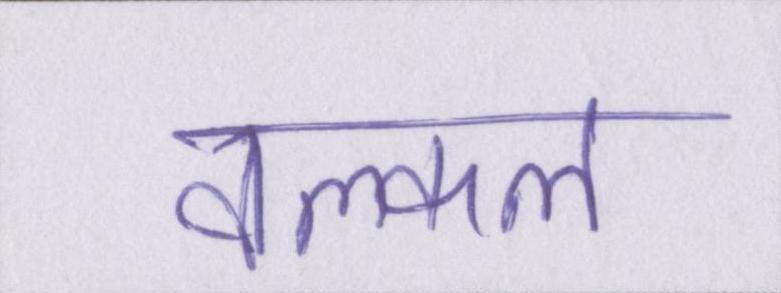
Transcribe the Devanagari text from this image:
वल्कल